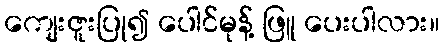
ကျေးဇူးပြု၍ ပေါင်မုန့် ဖြူ ပေးပါလား။